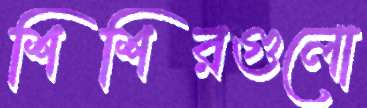
শিশিরগুলো